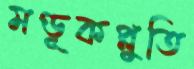
মণ্ডূকপ্লুতি